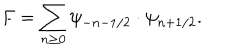
LaTeX: F = \sum _ { n \geq 0 } \psi _ { - n - 1 / 2 } \cdot \psi _ { n + 1 / 2 } .